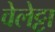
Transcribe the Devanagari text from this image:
वेलेट्टा